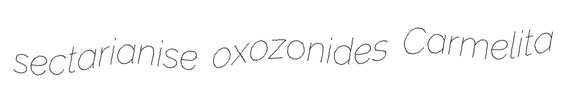
sectarianise oxozonides Carmelita